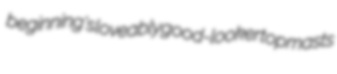
beginning's loveably good-looker topmasts